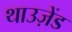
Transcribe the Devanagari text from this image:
थाउज़ेंड